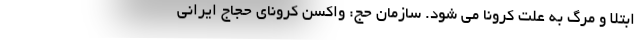
ابتلا و مرگ به علت کرونا می شود. سازمان حج: واکسن کرونای حجاج ایرانی